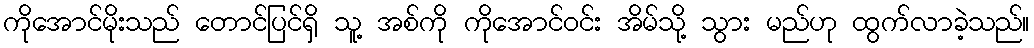
ကိုအောင်မိုးသည် တောင်ပြင်ရှိ သူ့ အစ်ကို ကိုအောင်ဝင်း အိမ်သို့ သွား မည်ဟု ထွက်လာခဲ့သည်။